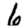
Digit: 6